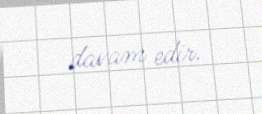
davam edir.